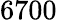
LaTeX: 6700